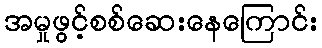
အမှုဖွင့်စစ်ဆေးနေကြောင်း